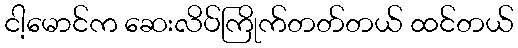
ငါ့မောင်က ဆေးလိပ်ကြိုက်တတ်တယ် ထင်တယ်